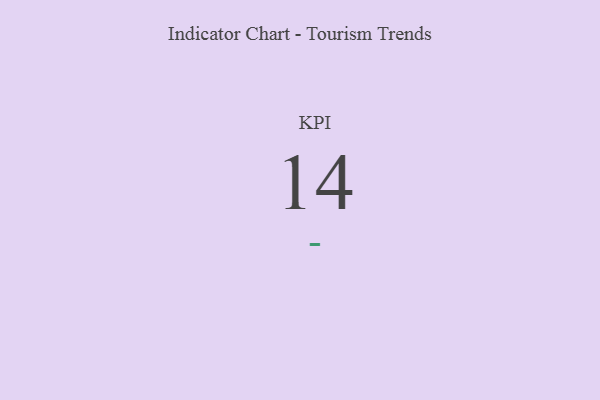
{"axis": {"x": "KPI", "y": "Value"}, "legend": [""], "data": [{"x": "KPI", "y": 14, "type": ""}]}